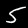
Digit: 5